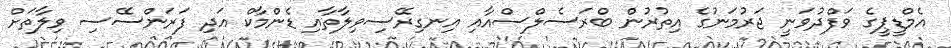
އެމްޑީޕީގެ ވަފްދުވަނީ ޖަރުމަނުގެ އިތުރުން ބްރަސެލްސްއާއި އިނގިރޭސިވިލާތާއި ޑެންމާކް އަދި ފަރަންސޭސި ވިލާތަށް